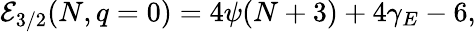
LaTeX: {\cal E}_{3/2}(N,q=0)=4\psi(N+3)+4\gamma_{E}-6,